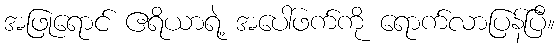
အဖြုရောင် ဧရိယာရဲ့ အပေါ်ဖက်ကို ရောက်လာပြန်ပြီ။